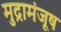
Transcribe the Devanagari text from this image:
मुद्रामंजूष